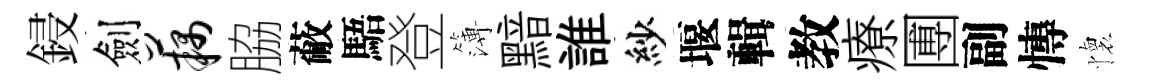
鋟劍藕脇蔽䮏登簿黯誰紗堰輯教療圑副慱懷